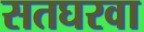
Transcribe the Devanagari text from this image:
सतघरवा